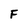
Character: F